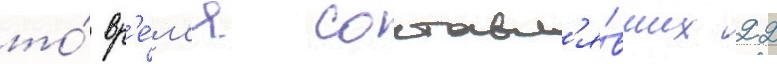
то́ вр'е́м'я составл'я́вших 22